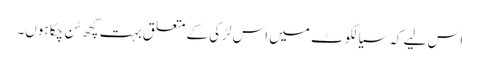
اس لیے کہ سیالکوٹ میں اس لڑکی کے متعلق بہت کچھ سُن چکا ہوں۔